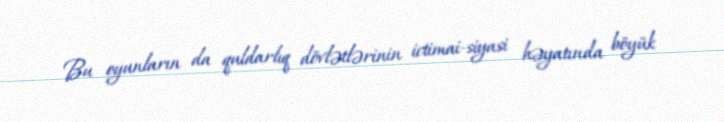
Bu oyunların da quldarlıq dövlətlərinin ictimai-siyasi həyatında böyük